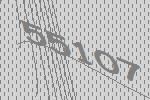
55107